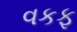
વકફ